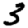
Digit: 3